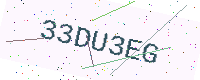
Text: 33DU3EG